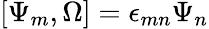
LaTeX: [\Psi_{m},\Omega]=\epsilon_{mn}\Psi_{n}